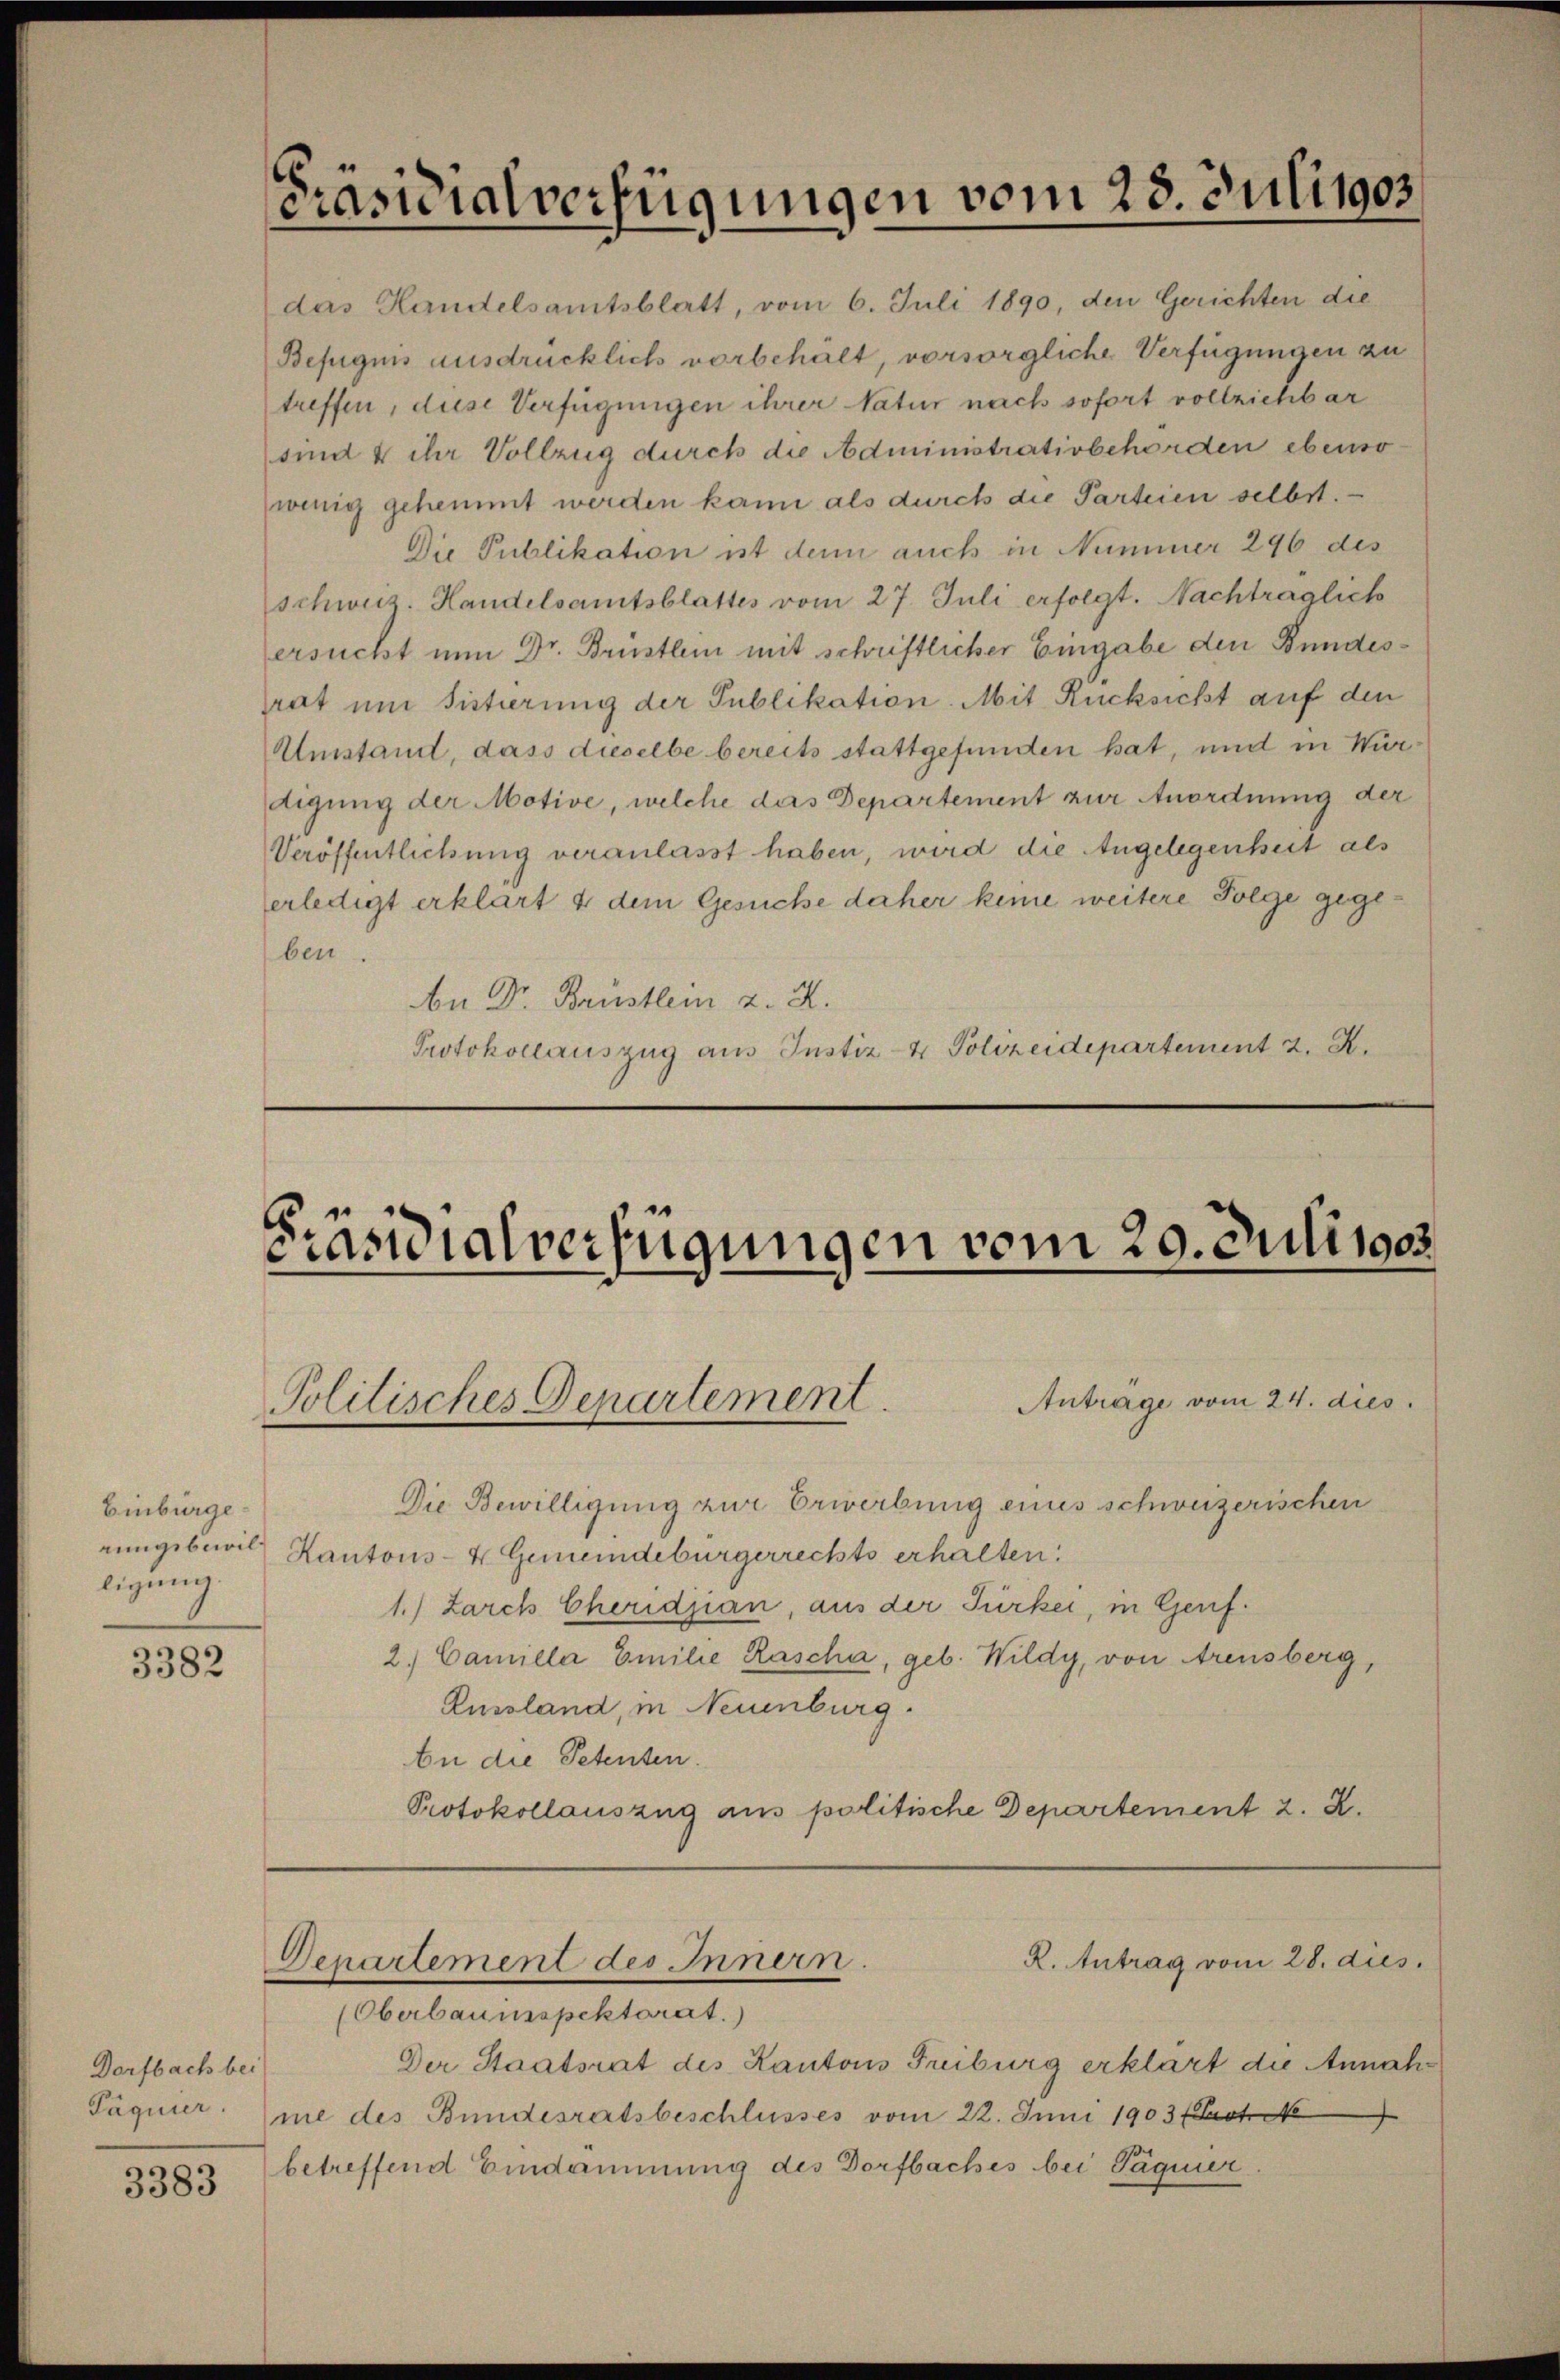
¬
f
fe

Einbürge
ligung.

3382

Dorfbach bei
Paquier

3383

[Präsidialverfügungen vom 28. Juli 1903

das Handelsamtsblatt, vom 6. Juli 1890, den Gerichten die
Befugnis ausdrücklich vorbehält, vorsorgliche Verfügungen zu
treffen, diese Verfügungen ihrer Natur nach sofort vollziehbar
sind & ihr Vollzug durch die Administrativbehörden ebenso
wenig gehemmt werden kann als durch die Parteien selbst.
Die Publikation ist denn auch in Nummer 296 des
schweiz. Handelsamtsblattes vom 27. Juli erfolgt. Nachträglich
ersucht nun Dr. Brusthin mit schriftlicher Eingabe den Bundesrat um Sistierung der Publikation. Mit Rücksicht auf den
Umstand, dass dieselbe bereits stattgefunden hat, und in Würtigung der Motive, welche das Departement zur Anordnung der
Veröffentlichung veranlasst haben, wird die Angelegenheit als
erledigt erklärt & dem Gesuche daher keine weitere Folge gegeben.
An Dr. Brüstlein z. Z.
Protokollauszug aus Instiz- & Polizeidepartement 2. X.

Präsidialverfügungen vom 20. Juli 1905.

Politisches Departement.

Die Bewilligung zur Erwerbung eines schweizerischen
rungsbewill, Kantons- & Gemeindebürgerrechts erhalten.
1.) Zarch Cheridjian, aus der Türkei, in Genf.
2. Cancela Emilie Rascha, geb. Wildy, von Arensberg,
Russland, in Neuenburg.
be die Petenten.
Protokollauszug aus politische Departement 2. X.

R. Antrag vom 28. dies
Departement des Innern.

(Oberbaumspektorat.)
Der Staatsrat des Kantons Freiburg erklärt die Annahme des Bundesratsbeschlusses vom 22. Juni 1903 (Proto
betreffend Eindämmung des Dorfbaches bei Pägnier

Anträge vom 24. dies